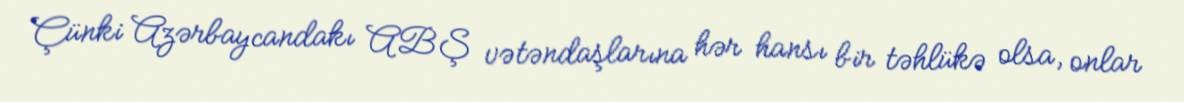
Çünki Azərbaycandakı ABŞ vətəndaşlarına hər hansı bir təhlükə olsa, onlar